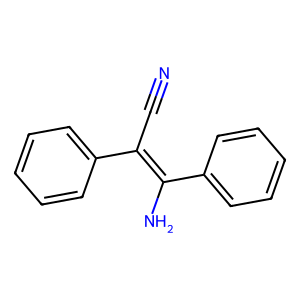
SMILES: N#CC(=C(N)c1ccccc1)c1ccccc1
Inhibits HIV replication: No